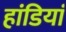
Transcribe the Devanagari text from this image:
हांडियां